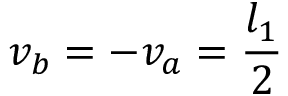
v _ { b } = - v _ { a } = \frac { l _ { 1 } } { 2 }